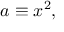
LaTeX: a \equiv x ^ { 2 } ,